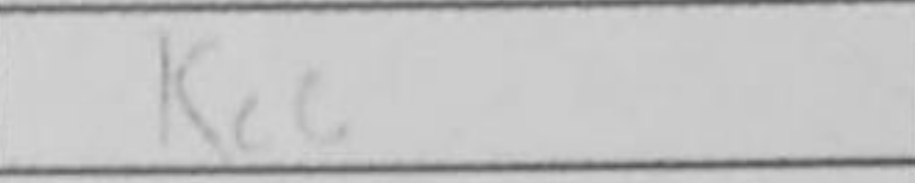
Transcription: Kc6